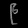
Digit: ၉